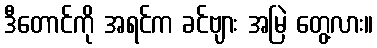
ဒီတောင်ကို အရင်က ခင်ဗျား အမြဲ တွေ့လား။